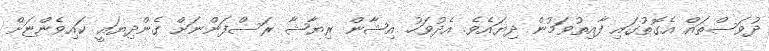
ދުވަސްތައް އެގޮތުގައި ފާއިތުވަމުން ދިޔައެވެ. އެދުވަހު އިޝާން ރިޔާޝާ ރަސްފަންނަށް ގެންދިޔައީ ކައިވެންޏަށް